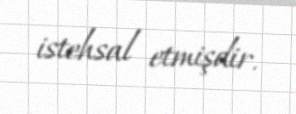
istehsal etmişdir.